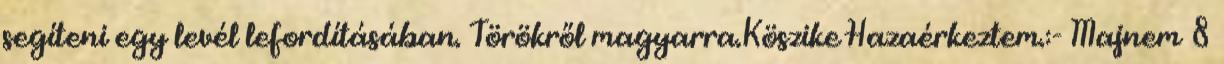
segíteni egy levél lefordításában. Törökről magyarra.Köszike Hazaérkeztem.:- Majnem 8